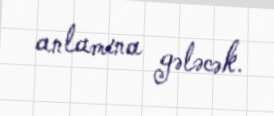
anlamına gələcək.